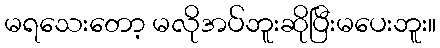
မရသေးတော့ မလိုအပ်ဘူးဆိုပြီးမပေးဘူး။